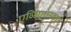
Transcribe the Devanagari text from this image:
एव्हिएशनकडून